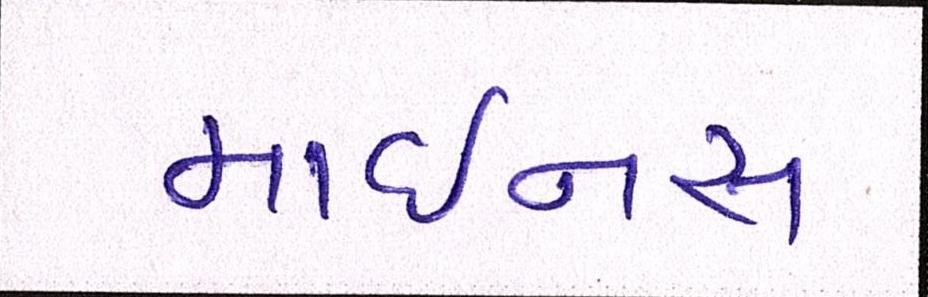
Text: માઇનસ